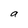
Character: a